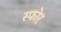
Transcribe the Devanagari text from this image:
स्फोर